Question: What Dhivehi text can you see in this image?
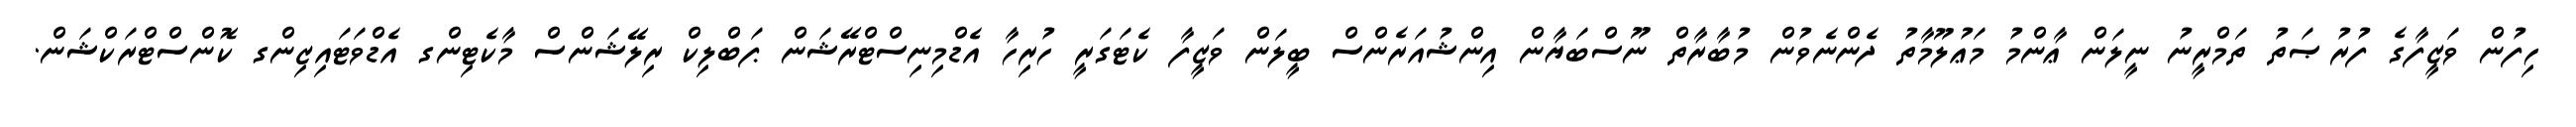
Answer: ހިފުން ވަޒީފާގެ ފުރުޞަތު ތަމްރީނު ނީލަން ޢާންމު މަޢުލޫމާތު ދެންނެވުން މުބާރާތް ނޫސްބަޔާން އިންޝުއަރެންސް ބީލަން ވަޒީފާ ކެޓަގަރީ ހުރިހާ އެޑްމިނިސްޓްރޭޝަން ޕަބްލިކް ރިލޭޝަންސް މާކެޓިންގ އެޑްވަޓައިޒިންގ ކޮންސްޓްރަކްޝަން.